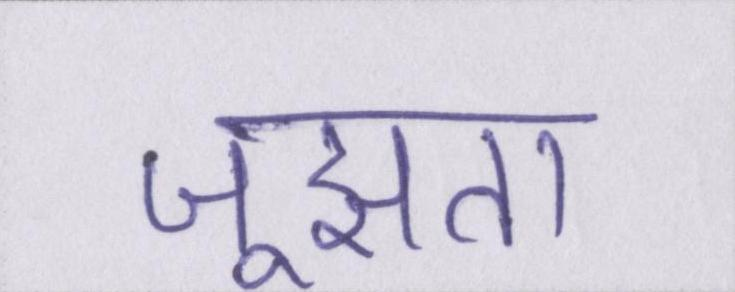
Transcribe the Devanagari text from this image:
जूझता